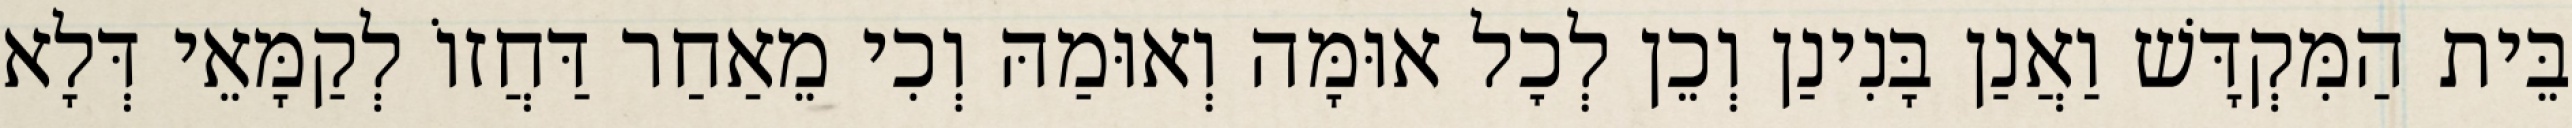
בֵּית הַמִּקְדָּשׁ וַאֲנַן בָּנִינַן וְכֵן לְכׇל אוּמָּה וְאוּמַהּ וְכִי מֵאַחַר דַּחֲזוֹ לְקַמָּאֵי דְּלָא